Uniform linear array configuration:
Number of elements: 32
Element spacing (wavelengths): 1
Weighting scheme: blackman
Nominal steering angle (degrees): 0
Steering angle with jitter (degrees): -1.282
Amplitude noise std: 0.05
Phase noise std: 0.05

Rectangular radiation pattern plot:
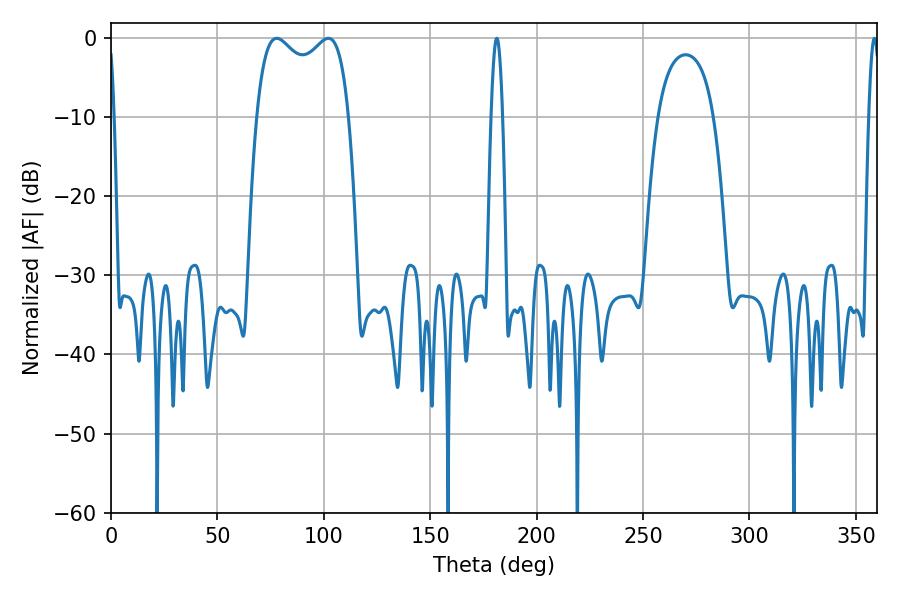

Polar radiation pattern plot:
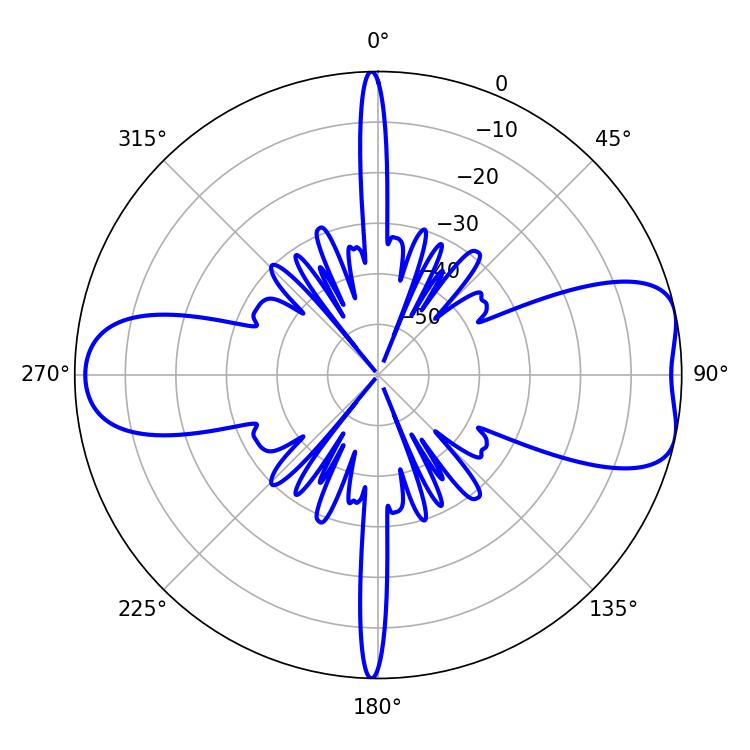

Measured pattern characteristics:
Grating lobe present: TRUE
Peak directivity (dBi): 7.772
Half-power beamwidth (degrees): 36
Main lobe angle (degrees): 77.94